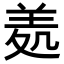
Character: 𦍶